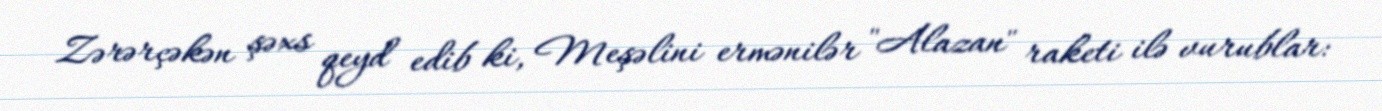
Zərərçəkən şəxs qeyd edib ki, Meşəlini ermənilər "Alazan" raketi ilə vurublar: